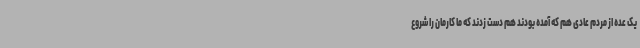
یک عده از مردم عادی هم که آمده بودند هم دست زدند که ما کارمان را شروع